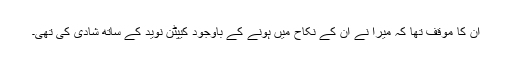
ان کا موقف تھا کہ میرا نے ان کے نکاح میں ہونے کے باوجود کیپٹن نوید کے ساتھ شادی کی تھی۔